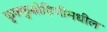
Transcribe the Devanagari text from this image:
फुफ्फुस्रोहिणीमधील